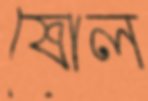
ষোল